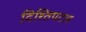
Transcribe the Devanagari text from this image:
दिश्तिपटल